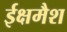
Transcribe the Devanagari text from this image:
ईक्षमैश